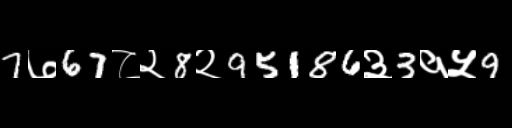
Text: 7७67८२8२95186३3१५9